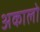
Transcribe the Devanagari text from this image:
अकालो